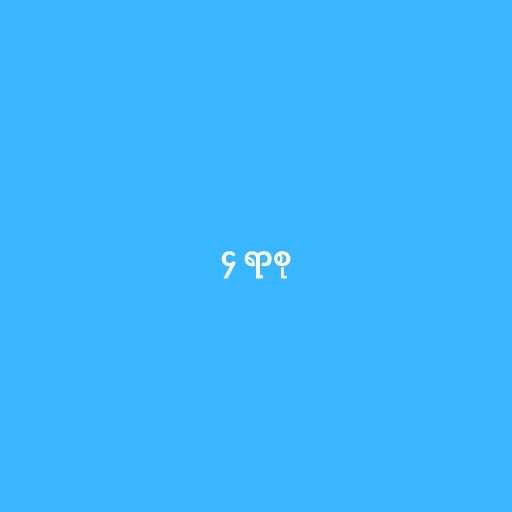
၄ ရာစု